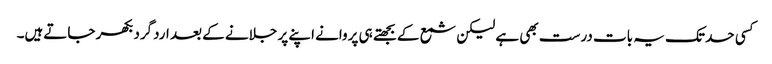
کسی حد تک یہ بات درست بھی ہے لیکن شمع کے بجھتے ہی پروانے اپنے پر جلانے کے بعد اردگرد بکھر جاتےہیں۔